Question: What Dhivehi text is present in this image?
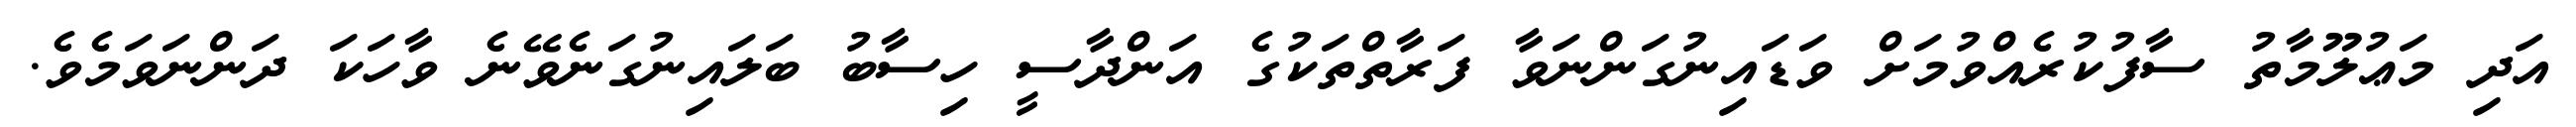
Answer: އަދި މަޢުލޫމާތު ސާފުކުރެއްވުމަށް ވަޑައިނުގަންނަވާ ފަރާތްތަކުގެ އަންދާސީ ހިސާބު ބަލައިނުގަނެވޭނެ ވާހަކަ ދަންނަވަމެވެ.